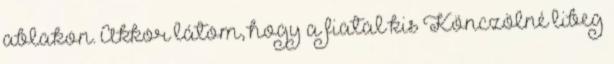
ablakon. Akkor látom, hogy a fiatal kis Könczölné libeg